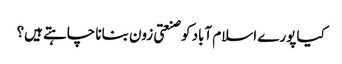
کیا پورے اسلام آباد کو صنعتی زون بنانا چاہتے ہیں؟